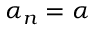
\alpha _ { n } = \alpha